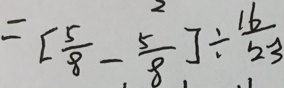
= [ \frac { 5 } { 8 } - \frac { 5 } { 8 } ] \div \frac { 1 6 } { 2 3 }